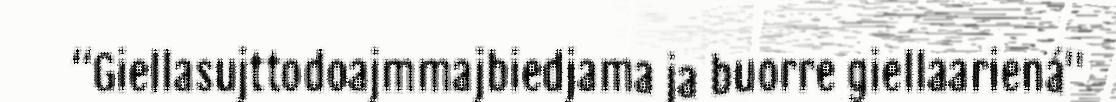
“Giellasujttodoajmmajbiedjama ja buorre giellaariená"